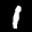
Label: 1